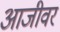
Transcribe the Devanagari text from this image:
आजीवर